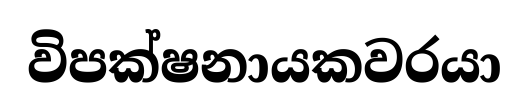
විපක්ෂනායකවරයා